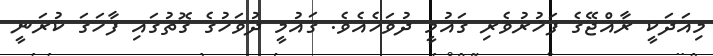
މިއަދަކީ ރާއްޖޭގެ ފަޚުރުވެރި ގައުމީ ދުވަހެއެވެ. ޤައުމީ ދުވަހުގެ ގޮތުގައި ފާހަގަ ކުރަނީ